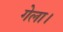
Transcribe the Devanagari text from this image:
गेला।